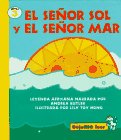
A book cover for Mr. Sun and MR Sea, Spanish, El Senor Sol y El Senor Mar, Let Me Read Series, Trade Binding (Dejame Leer) (Spanish Edition); Andrea Butler; Children's Books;